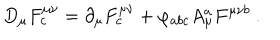
LaTeX: D _ { \mu } F _ { c } ^ { \mu \nu } = \partial _ { \mu } F _ { c } ^ { \mu \nu } + \varphi _ { a b c } A _ { \mu } ^ { a } F ^ { \mu \nu b } ~ .